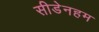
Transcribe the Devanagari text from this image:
सीडेनहम